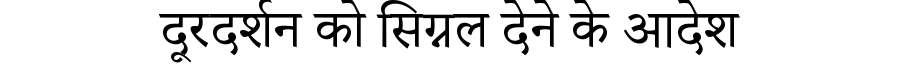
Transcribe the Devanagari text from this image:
दूरदर्शन को सिग्नल देने के आदेश